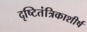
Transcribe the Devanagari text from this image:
दृष्टितंत्रिकाशीर्ष